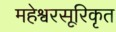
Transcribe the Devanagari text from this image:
महेश्वरसूरिकृत